Annual report of the Punjab Veterinary College and of the Civil Veterinary Department, Punjab - 1926-1932
Year: 1926
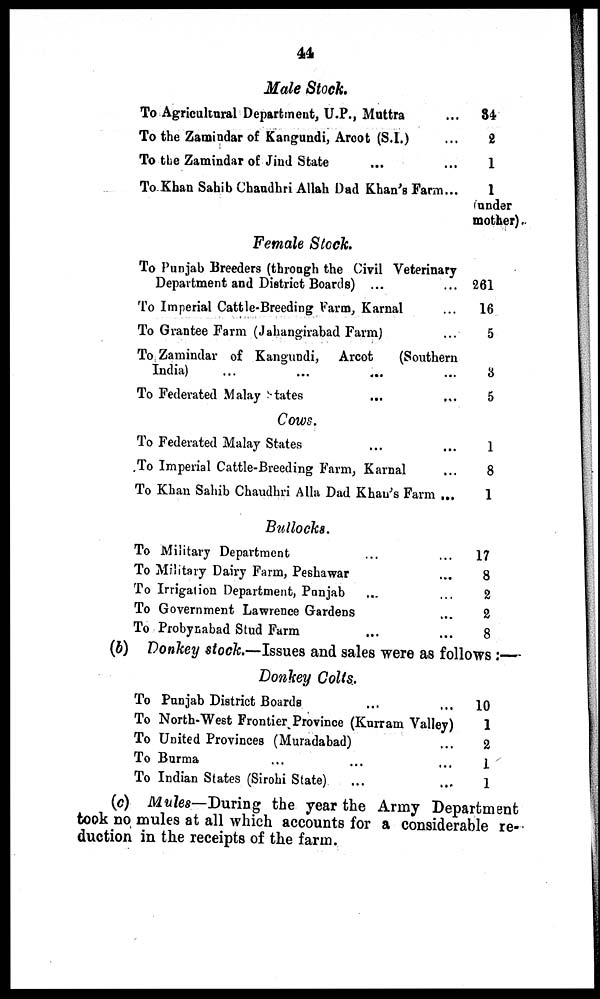
44
Male Stock.
To Agricultural Department, U.P., Muttra ...
To the Zamindar of Kangundi, Arcot (S.I.) ...
To the Zamindar of Jind State ... ...
To Khan Sahib Chaudhri Allah Dad Khan's Farm...
Female Stock.
To Punjab Breeders (through the Civil Veterinary
Department and District Boards) ... ...
To Imperial Cattle-Breeding Farm, Karnal ... ...
To Grantee Farm (Jahangirabad Farm) ...
To Zamindar of Kangundi, Arcot
(Southern
India) ... ... ... ...
To Federated Malay States ... ... ...
Cows.
To Federated Malay States ... ...
To Imperial Cattle-Breeding Farm, Karnal ... ...
To Khan Sahib Chaudhri Alla Dad Khan's Farm ...
Bullocks.
To Military Department ... ...
To Military Dairy Farm, Peshawar ...
To Irrigation Department, Punjab ... ...
To Government Lawrence Gardens ...
To Probynabad Stud Farm ... ...
34
2
1
1
(under
mother).
261
16
5
3
5
1
8
1
17
8
2
2
8
(b) Donkey stock.—Issues and sales were as follows:—
Donkey Colts.
To Punjab District Boards ... ...
To North-West Frontier Province (Kurram Valley)
To United Provinces (Muradabad) ...
To Burma ... ... ...
To Indian States (Sirohi State) ...
10
1
2
1
1
(c) Mules—During the year the Army Department
took no mules at all which accounts for a considerable re-
duction in the receipts of the farm.